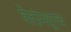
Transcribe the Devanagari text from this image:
वेदांमधूनच